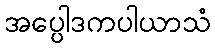
အပ္ပေါဒကပါယာသံ